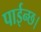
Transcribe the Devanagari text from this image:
पाईन्छ।